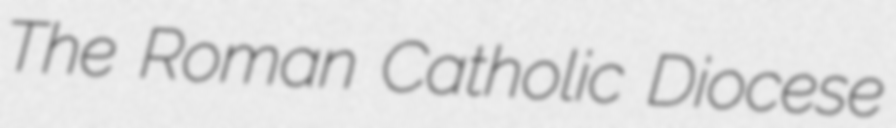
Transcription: The Roman Catholic Diocese